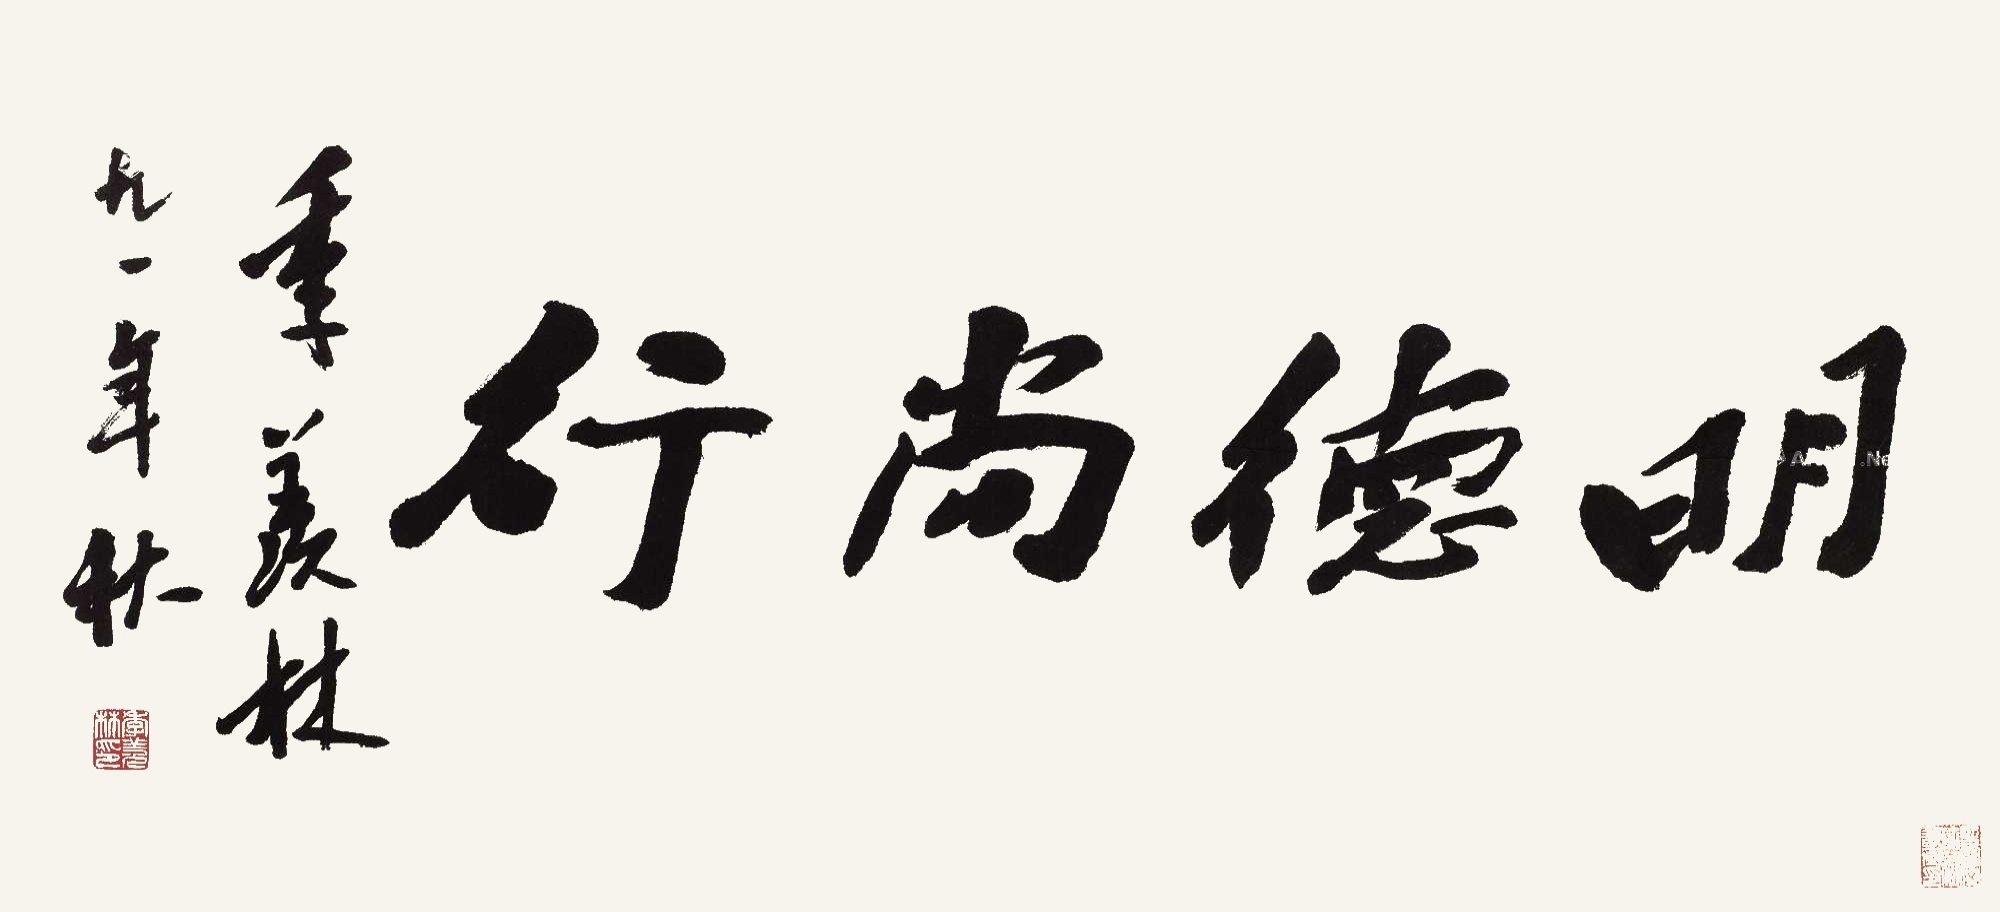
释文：明德尚行季羡林，九一年秋。